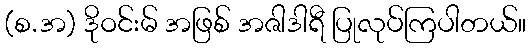
(စ.အ) ဒိုဝင်းမ် အဖြစ် အဇါဒါရီ ပြုလုပ်ကြပါတယ်။